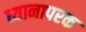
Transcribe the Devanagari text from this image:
ध्यानापरक